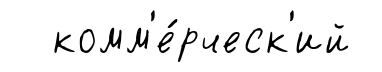
комм'е́рческ'ий